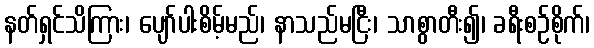
နတ်ရှင်သိကြား၊ ပျော်ပါးစိမ့်မည်၊ နာသည်မငြီး၊ သာစွာတီး၍၊ ခရီးစဉ်စိုက်၊